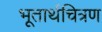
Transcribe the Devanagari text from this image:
भूतार्थचित्रण